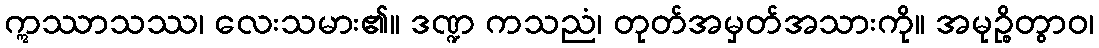
ဣဿာသဿ၊ လေးသမား၏။ ဒဏ္ဍ ကသညံ၊ တုတ်အမှတ်အသားကို။ အမုဉ္စိတွာဝ၊